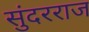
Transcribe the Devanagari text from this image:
सुंदरराज